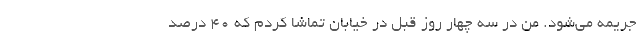
جریمه می‌شود. من در سه چهار روز قبل در خیابان تماشا کردم که 40 درصد